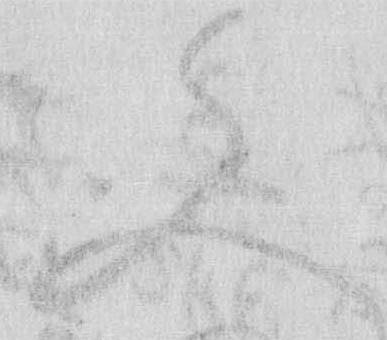
文